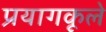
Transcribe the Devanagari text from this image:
प्रयागकूले